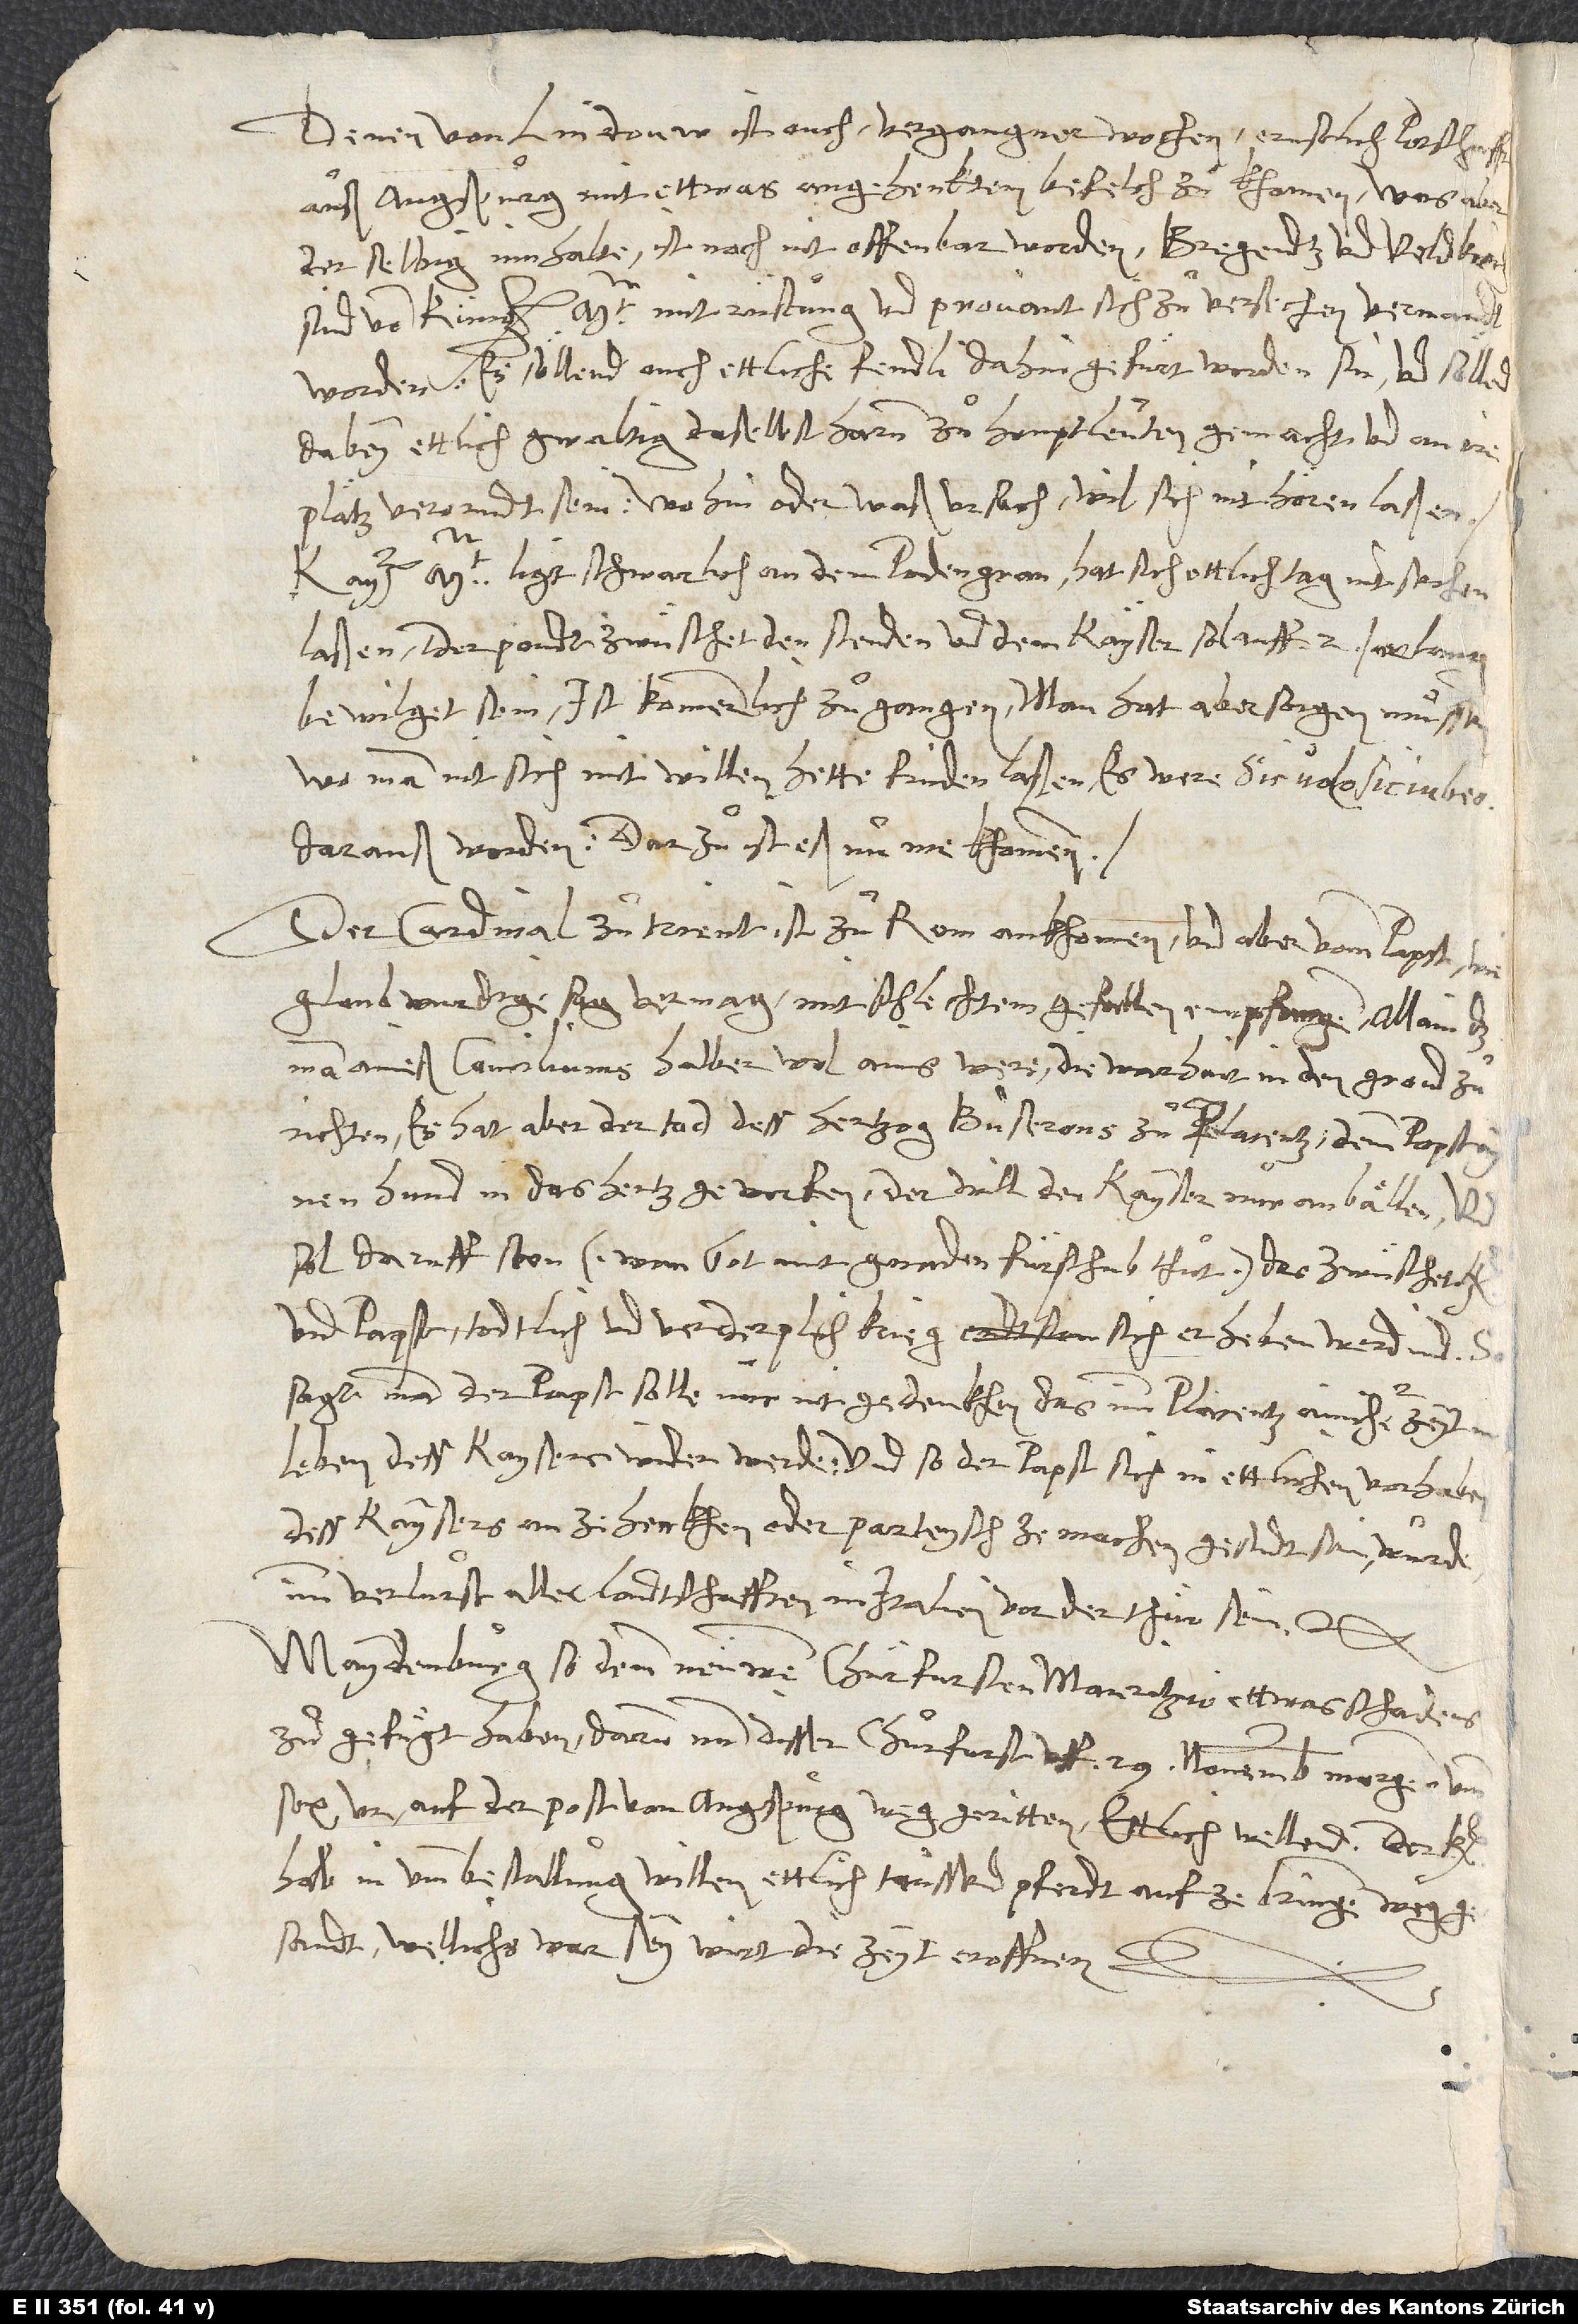
Denen von Lindouw ist ouch vergangner wochen ernstlich potschafft
auß Augspurg mit ettwas angehenktem befelch zukhomen. Was aber
der selbig innhalte, ist noch nit offenbar worden. Bregendtz und Veldkirch
sind von küng. mt. mit rüstung und provant sich zu versechen vermandt
worden. Es söllend ouch ettliche fendli dahin gefuͤrt worden sin, und söllend
dabey ettlich gwaltig daselbst harum zu houptleuten gemacht und an ire
plätz verorndt sein. Wohin oder waß ursach, wil sich nit hören laßen.
Kay. mt. ligt schwarlich an dem podengran. Hat sich ettlich tag nit sechen
laßen. Der pondt zwüschet den stenden und dem kayser sol auff 2 jar lang
bewilget sein. Ist kommerlich zugangen. Man hat aber sorgen muͤssen,
wo man nit sich mit willen hette finden laßen, es were "sic volo, sic iubeo"
darauß worden. Darzu ist eß nu me khommen.
Der cardinal zu Trient ist zu Rom ankhomen und aber vomm papst, wie
glaubwurdige sag vermag, mit schlechtem gefallen empfangen, allain das
man aineß conciliums halber wol ains were, die warhait in den grond zu
richten. Es hat aber der tod dess hertzog Buserons zu Placentz demm papst aynen
hund in das hertz geworfen. Der will den kayser nur anbällen. Und
sol daruff ston (wan got mit gnaden fürschub thut), das zwüschet kayser
und papst todtlich und verderplich krieg sich erheben werdind. So
sagt man, der papst solle nur nit gedenkhen, das imm Placentz ainicher zeyt in
leben dess kaysers wider werde. Und so der papst sich in ettlichen vorhaben
dess kaysers nit anzehenkhen oder parteysch ze machen gesindt sein wurde,
imm verlurst aller landtschafften in Italien vor der thür sein.
Maydenburg sol demm neuwen churfursten Mauritzio ettwas schadens
zugefuͤgt haben, darum nun disser churfurst uff 29. november morgenn umb
sex ur auf der post von Augspurg weggeritten. Ettlich wellend, der kayser
hab in umb bestallung willen, ettlich taussend pferdt aufzebringen, weggesandt.
Wellichs war sey, wirt die zeyt eroffnen.
S.